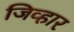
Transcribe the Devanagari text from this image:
जिव्हार